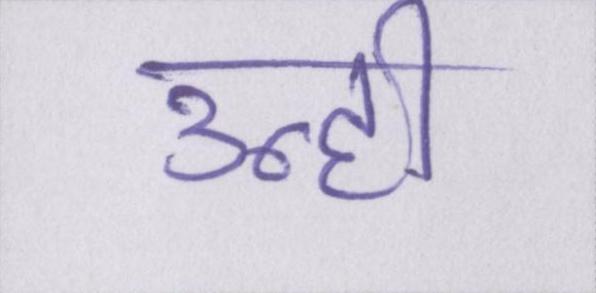
उन्ही